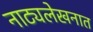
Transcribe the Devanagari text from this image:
नाट्यलेखनात